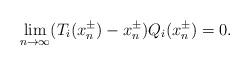
LaTeX: \begin{align*}\lim_{n \to \infty} (T_i(x^\pm_n)-x^\pm_n)Q_i(x^\pm_n) = 0.\end{align*}